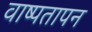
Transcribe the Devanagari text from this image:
वाष्पतापन